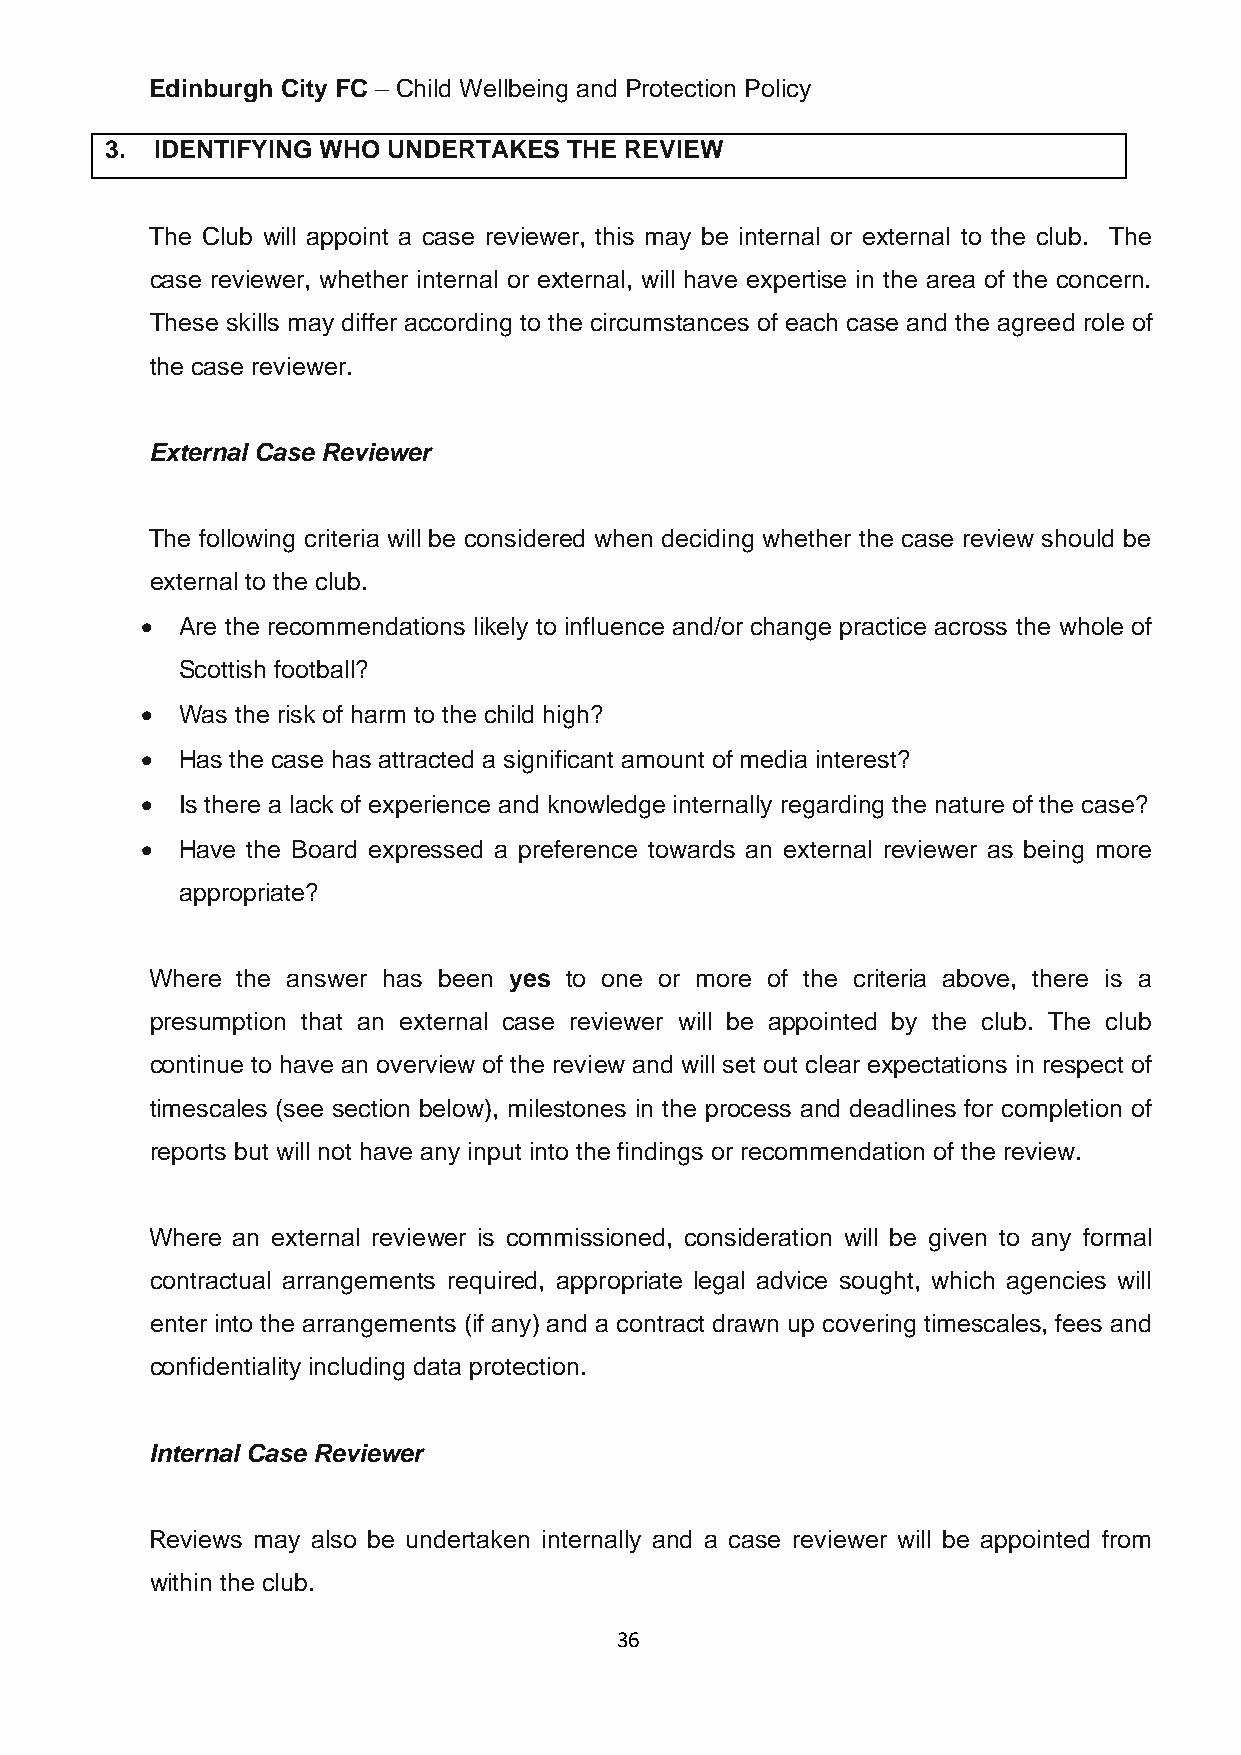
Edinburgh City FC – Child Wellbeing and Protection Policy
 3. IDENTIFYING WHO UNDERTAKES  THE REVIEW
 The Club will appoint a case reviewer, this may be internal or external to the club. The
 case reviewer, whether internal or external, will have expertise in the area of the concern.
 These skills may differ according to the circumstances of each case and the agreed role of
 the case reviewer.
 External Case Reviewer
 The following criteria will be considered when deciding whether the case review should be
 external to the club.
 •  Are the recommendations likely to influence and/or change practice across the whole of
 Scottish football?
 •  Was the risk of harm to the child high?
 •  Has the case has attracted a significant amount of media interest?
 •  Is there a lack of experience and knowledge internally regarding the nature of the case?
 •  Have the Board expressed a preference towards an external reviewer as being more
 appropriate?
 Where the answer has been yes to one or more of the criteria above, there is a
 presumption that an external case reviewer will be appointed by the club. The club
 continue to have an overview of the review and will set out clear expectations in respect of
 timescales (see section below), milestones in the process and deadlines for completion of
 reports but will not have any input into the findings or recommendation of the review.
 Where an external reviewer is commissioned, consideration will be given to any formal
 contractual arrangements required, appropriate legal advice sought, which agencies will
 enter into the arrangements (if any) and a contract drawn up covering timescales, fees and
 confidentiality including data protection.
 Internal Case Reviewer
 Reviews may also be undertaken internally and a case reviewer will be appointed from
 within the club.
 36